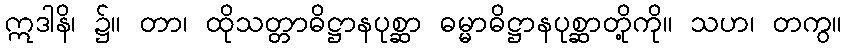
ဣဒါနိ၊ ၌။ တာ၊ ထိုသတ္တာဓိဋ္ဌာနပုစ္ဆာ ဓမ္မာဓိဋ္ဌာနပုစ္ဆာတို့ကို။ သဟ၊ တကွ။